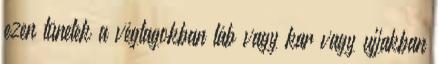
ezen tünetek a végtagokban láb vagy kar vagy ujjakban